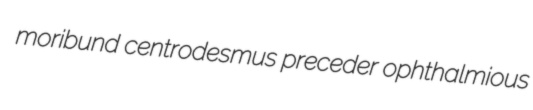
moribund centrodesmus preceder ophthalmious